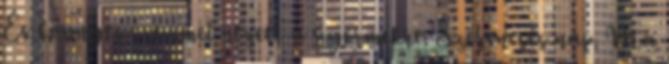
És könnyes szemmel nézett a gyermekre. Szerencsés nap. Ma